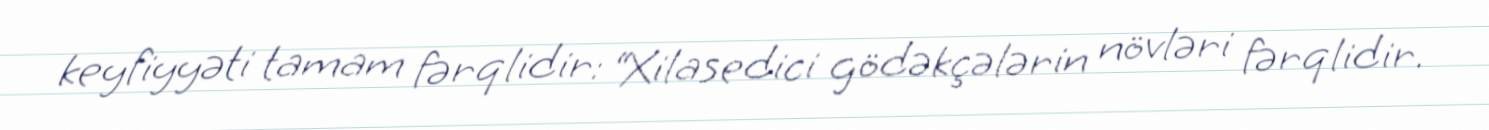
keyfiyyəti tamam fərqlidir: “Xilasedici gödəkçələrin növləri fərqlidir.